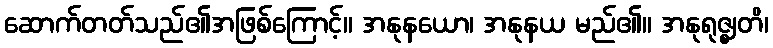
ဆောက်တတ်သည်၏အဖြစ်ကြောင့်။ အနုနယော၊ အနုနယ မည်၏။ အနုရုဇ္ဈတိ၊